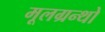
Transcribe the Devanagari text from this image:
मूलग्रन्थो